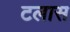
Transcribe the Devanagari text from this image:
टलास